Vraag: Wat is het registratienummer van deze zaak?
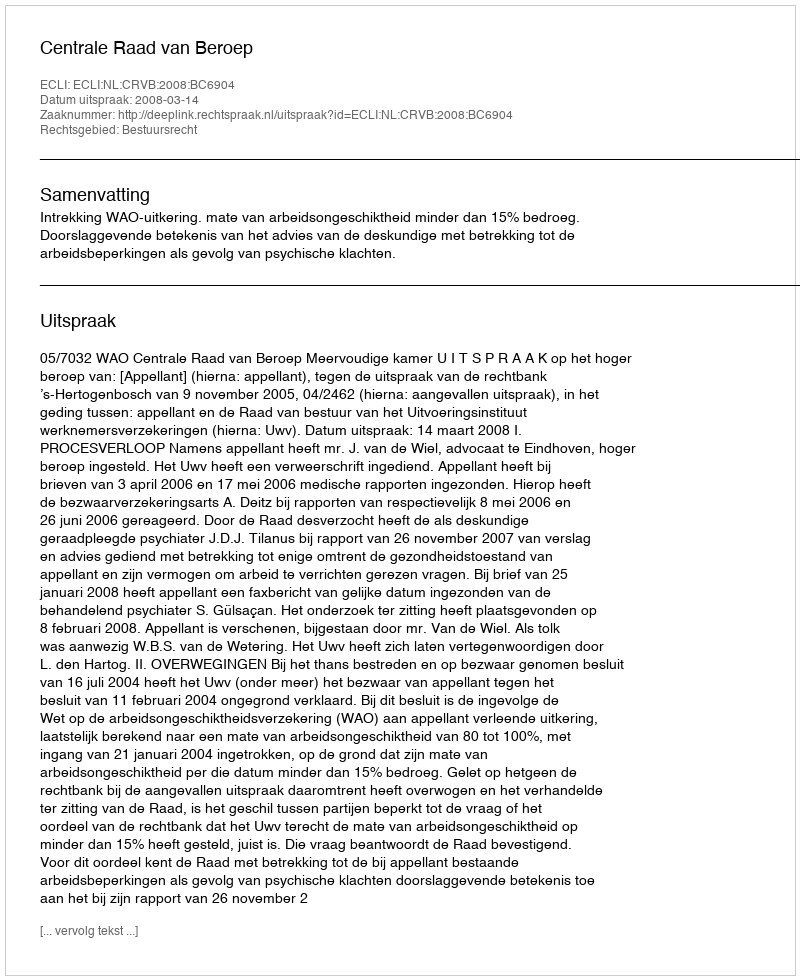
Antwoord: http://deeplink.rechtspraak.nl/uitspraak?id=ECLI:NL:CRVB:2008:BC6904